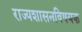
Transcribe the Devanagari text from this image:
राज्यशासनविषयक